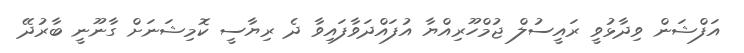
އަފްޝަން ވިދާޅުވީ ރައީސުލް ޖުމްހޫރިއްޔާ އުފައްދަވާފައިވާ ދެ ރިޔާސީ ކޮމިޝަނަށް ގާނޫނީ ބާރުދޭ